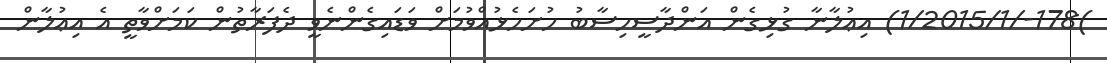
)178-/1/2015/1) އިޢުލާނާ ގުޅިގެން އަންދާސީހިސާބު ހުށަހެޅުއްވުމަށް ވަޑައިގެންނެވީ ދެފަރާތުން ކަމަށްވާތީ އެ އިޢުލާން